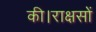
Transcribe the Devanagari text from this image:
की।राक्षसों